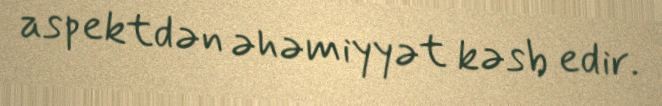
aspektdən əhəmiyyət kəsb edir.